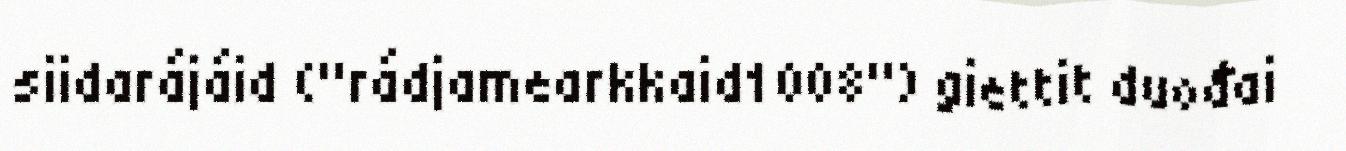
siidarájáid ("rádjamearkkaid1008") giettit duođai